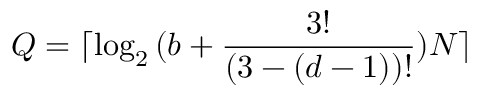
Q = \lceil \log _ { 2 } { ( b + \frac { 3 ! } { ( 3 - ( d - 1 ) ) ! } ) N } \rceil